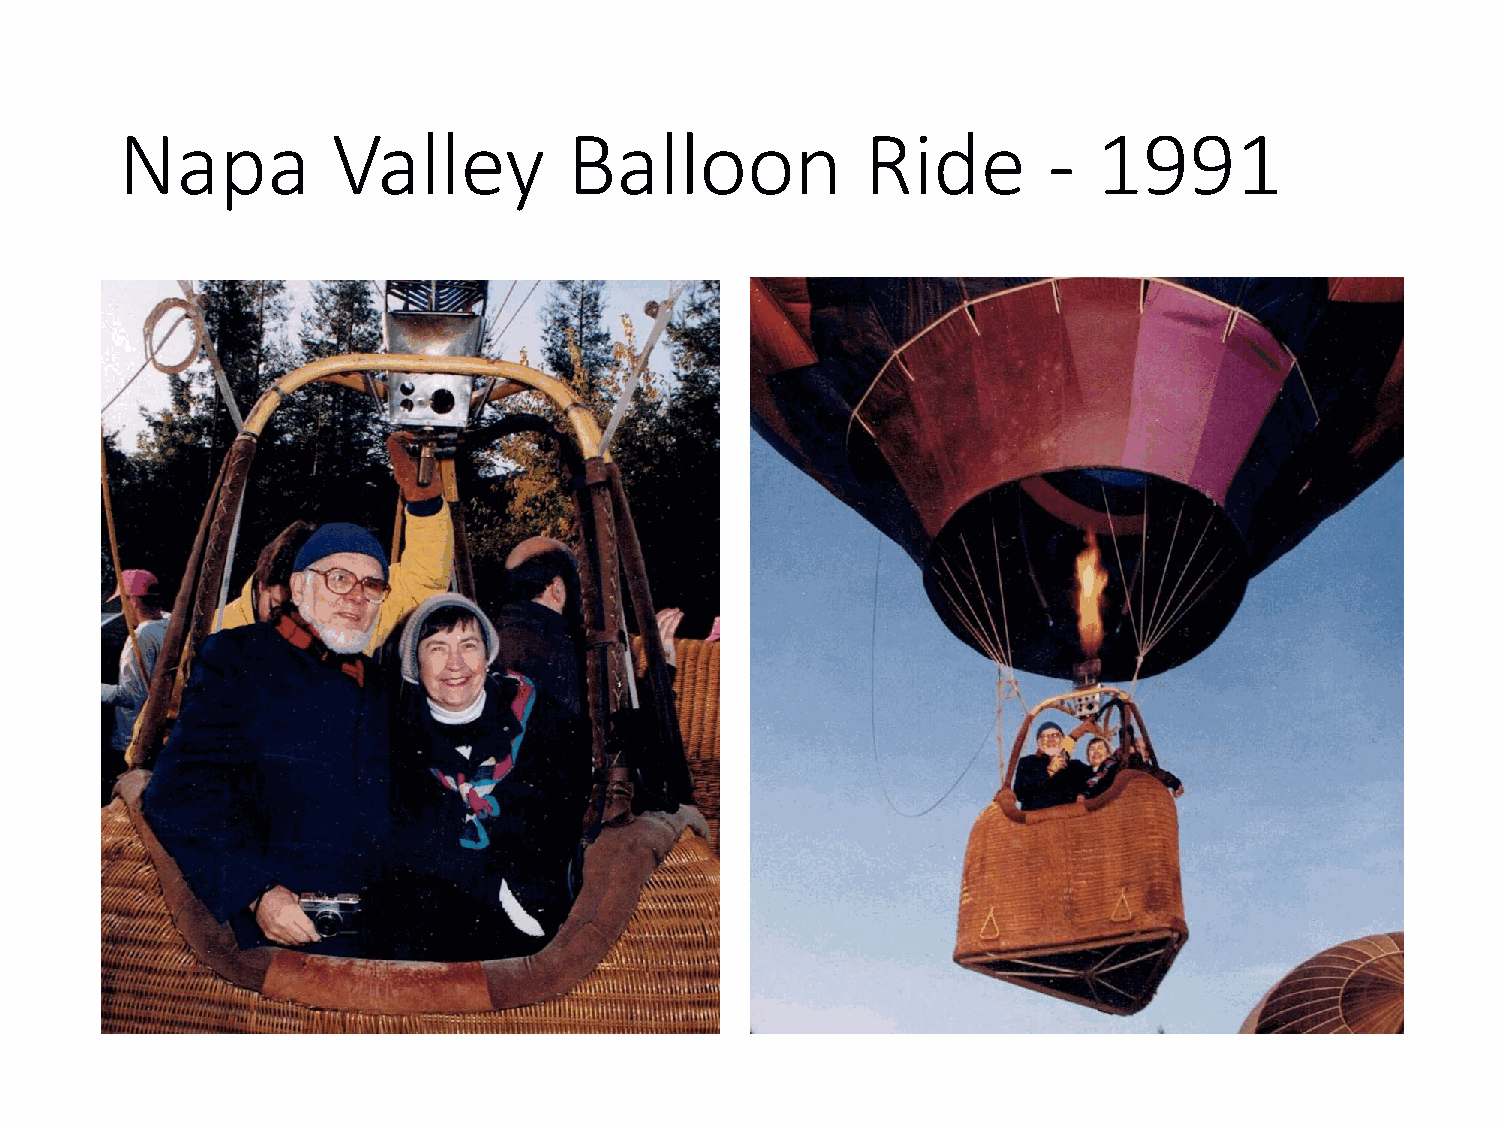
Napa          Valley          Balloon            Ride        -   1991